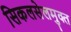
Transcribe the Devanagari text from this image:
सिकलसेलमुक्त